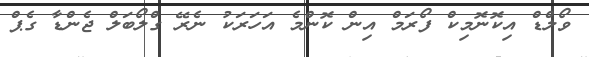
ވޯލްޑް އިކޮނޮމިކް ފޯރަމް އިން ކޮންމެ އަހަރަކު ނެރޭ ގްލޯބަލް ޖެންޑާ ގެޕް